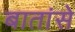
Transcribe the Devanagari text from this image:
बातांसे